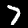
Label: 7